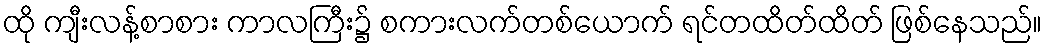
ထို ကျီးလန့်စာစား ကာလကြီး၌ စကားလက်တစ်ယောက် ရင်တထိတ်ထိတ် ဖြစ်နေသည်။